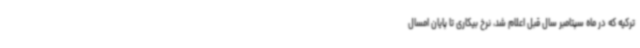
ترکیه که در ماه سپتامبر سال قبل اعلام شد، نرخ بیکاری تا پایان امسال